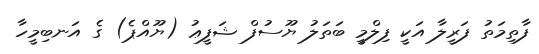
ފާތިމަތު ފަރީލާ އަކީ ފިލްމީ ބަތަލު ޔޫސުފް ޝަފީޢު (ޔޫއްޕެ) ގެ އަނބިމީހާ